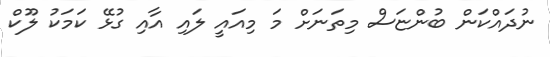
ނުދައްކަން ބުންޏަސް މިތަނަށް މަ މިއައީ ލައި އާއި ގުޅޭ ކަމަކު ލޫކް